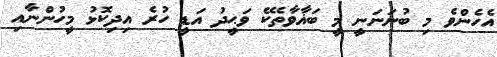
އެހެންވެ މި ބުނަނަނީ މީ ބަޣާވާތެކޭ ވަޙީދު އަޑީ ހުރެ އިދިކޮޅު މީހުންނާއި